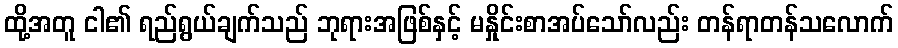
ထို့အတူ ငါ၏ ရည်ရွယ်ချက်သည် ဘုရားအဖြစ်နှင့် မနှိုင်းစာအပ်သော်လည်း တန်ရာတန်သလောက်